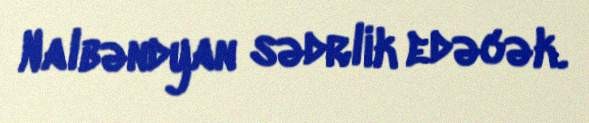
Nalbəndyan sədrlik edəcək.